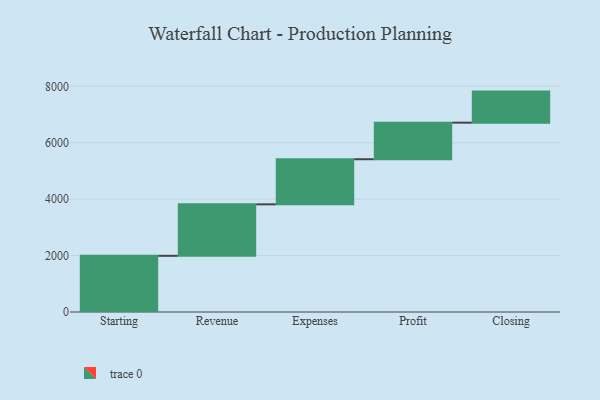
{"axis": {"x": "Step", "y": "Value"}, "legend": [""], "data": [{"x": "Starting", "y": 1991.0, "type": ""}, {"x": "Revenue", "y": 1825.0, "type": ""}, {"x": "Expenses", "y": 1599.0, "type": ""}, {"x": "Profit", "y": 1296.0, "type": ""}, {"x": "Closing", "y": 1101.0, "type": ""}]}